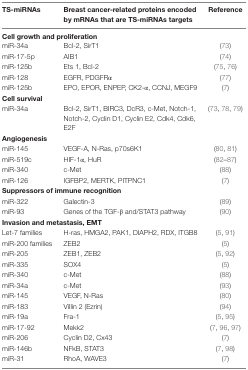
| TS-miRNAs | Breast cancer-related proteins encoded by mRNAs that are TS-miRNAs targets | Reference |
 | --- | --- | --- |
 | <COLSPAN=3> Cell growth and proliferation |
 | miR-34a | Bcl-2, SirT1 | (73) |
 | miR-17-5p | AIB1 | (74) |
 | miR-125b | Ets 1, Bcl-2 | (75, 76) |
 | miR-128 | EGFR, PDGFRα | (77) |
 | miR-125b | EPO, EPOR, ENPEP, CK2-α, CCNJ, MEGF9 | (7) |
 | <COLSPAN=3> Cell survival |
 | miR-34a | Bcl-2, SirT1, BIRC3, DcR3, c-Met, Notch-1, Notch-2, Cyclin D1, Cyclin E2, Cdk4, Cdk6, E2F | (73, 78, 79) |
 | <COLSPAN=3> Angiogenesis |
 | miR-145 | VEGF-A, N-Ras, p70s6K1 | (80, 81) |
 | miR-519c | HIF-1α, HuR | (82–87) |
 | miR-340 | c-Met | (88) |
 | miR-126 | IGFBP2, MERTK, PITPNC1 | (7) |
 | <COLSPAN=3> Suppressors of immune recognition |
 | miR-322 | Galectin-3 | (89) |
 | miR-93 | Genes of the TGF-β and/STAT3 pathway | (90) |
 | <COLSPAN=3> Invasion and metastasis, EMT |
 | Let-7 families | H-ras, HMGA2, PAK1, DIAPH2, RDX, ITGB8 | (5, 91) |
 | miR-200 families | ZEB2 | (5) |
 | miR-205 | ZEB1, ZEB2 | (5, 92) |
 | miR-335 | SOX4 | (5) |
 | miR-340 | c-Met | (88) |
 | miR-34a | c-Met | (93) |
 | miR-145 | VEGF, N-Ras | (80) |
 | miR-183 | Villin 2 (Ezrin) | (94) |
 | miR-19a | Fra-1 | (5, 95) |
 | miR-17-92 | Mekk2 | (7, 96, 97) |
 | miR-206 | Cyclin D2, Cx43 | (7) |
 | miR-146b | NFkB, STAT3 | (7, 98) |
 | miR-31 | RhoA, WAVE3 | (7) |